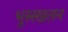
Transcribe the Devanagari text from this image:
भूस्स्खलन